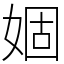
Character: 婟